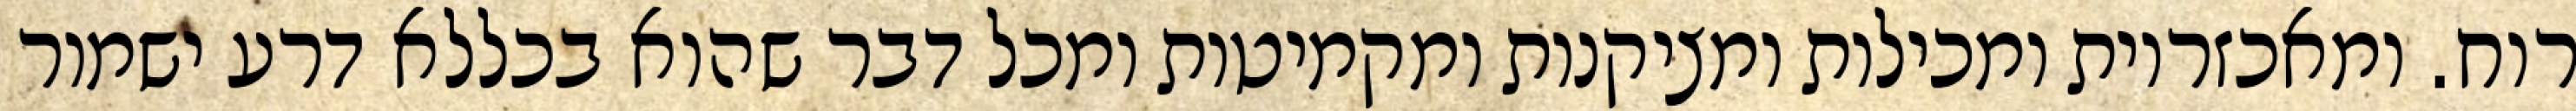
רוח. ומאכזריות ומכילות ומציקנות ומקמיטות ומכל דבר שהוא בכללא דרע ישמור